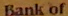
Bank of